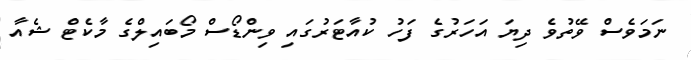
ނަމަވެސް ވޭތުވެ ދިޔަ އަހަރުގެ ފަހު ކުއާޓަރުގައި ވިންޑޯސް މޯބައިލްގެ މާކެޓް ޝެއާ